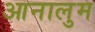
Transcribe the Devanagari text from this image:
आनालुम